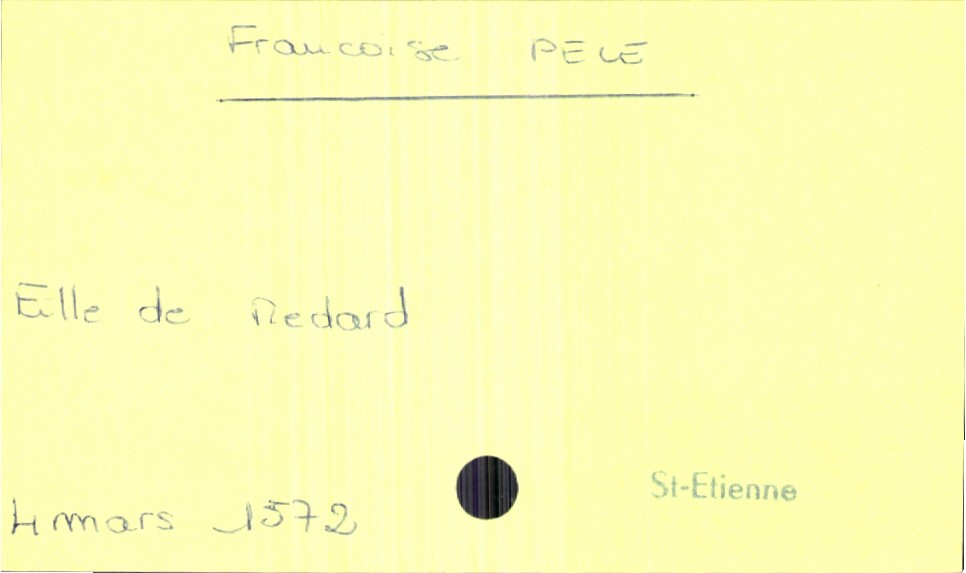
type_acte: Baptême
filiation: fille
enfant_prénom: Françoise
enfant_date_de_naissance: 4 mars 1572
enfant_lieu_de_naissance: Saint-Etienne
père_enfant_nom: Pele
père_enfant_prénom: Medard